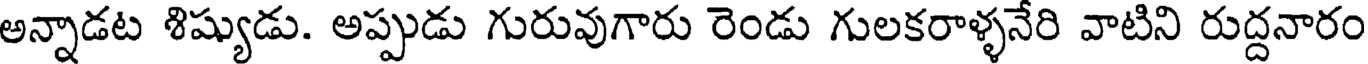
అన్నాడట శిష్యుడు. అప్పుడు గురువుగారు రెండు గులకరాళ్ళనేరి వాటిని రుద్దనారం